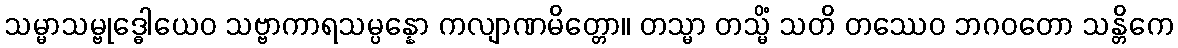
သမ္မာသမ္ဗုဒ္ဓေါယေဝ သဗ္ဗာကာရသမ္ပန္နော ကလျာဏမိတ္တော။ တသ္မာ တသ္မိံ သတိ တဿေဝ ဘဂဝတော သန္တိကေ